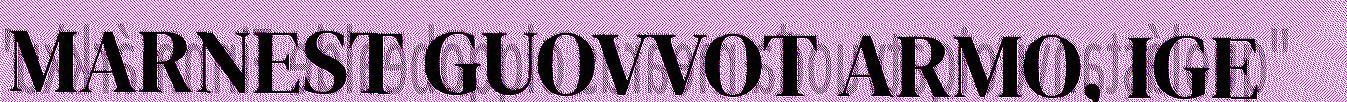
MARNEST GUOVVOT ARMO, IGE